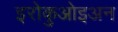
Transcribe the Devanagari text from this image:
इरोकुओइअन